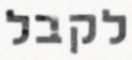
לקבל